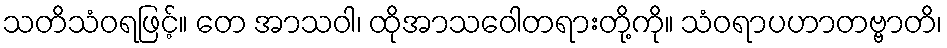
သတိသံဝရဖြင့်။ တေ အာသဝါ၊ ထိုအာသဝေါတရားတို့ကို။ သံဝရာပဟာတဗ္ဗာတိ၊